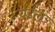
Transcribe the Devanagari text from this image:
येईलः